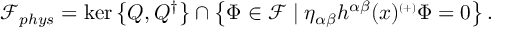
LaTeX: { \mathcal { F } } _ { p h y s } = \ker \left\{ Q , Q ^ { \dagger } \right\} \cap \left\{ \Phi \in { \mathcal { F } } \mid \eta _ { \alpha \beta } h ^ { \alpha \beta } ( x ) ^ { \scriptscriptstyle ( + ) } \Phi = 0 \right\} .